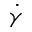
\dot { \gamma }